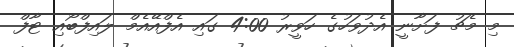
މި މެޗު ފަށާނީ އެދުވަހުގެ ހަވީރު 4:00 ގައި އެފްއޭއެމް ލައިފްބޯއި ޓާފް